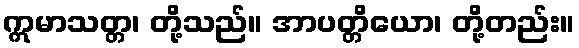
ဣမာသတ္တ၊ တို့သည်။ အာပတ္တိယော၊ တို့တည်း။